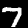
Digit: 7